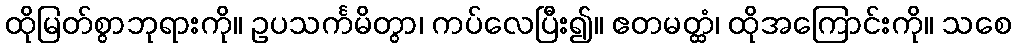
ထိုမြတ်စွာဘုရားကို။ ဥပသင်္ကမိတွာ၊ ကပ်လေပြီး၍။ ဧတမတ္ထံ၊ ထိုအကြောင်းကို။ သစေ